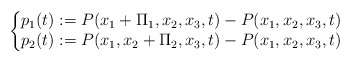
\begin{align*}\left\{\begin{matrix}p_1(t):=P(x_1+\Pi_1,x_2,x_3,t)-P(x_1,x_2,x_3,t)\\p_2(t):=P(x_1,x_2+\Pi_2,x_3,t)-P(x_1,x_2,x_3,t)\end{matrix}\right.\end{align*}